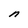
Character: n